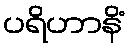
ပရိဟာနိံ